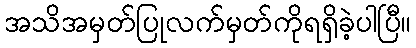
အသိအမှတ်ပြုလက်မှတ်ကိုရရှိခဲ့ပါပြီ။